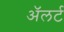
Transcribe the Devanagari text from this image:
अॅलर्ट